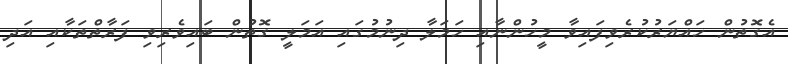
އެގޮތުން ހައްޔަރުކުރެވިފައިވާ މީހުންނާއި ހަމަލާ ދިނުމުގައި އަމަލީ ގޮތުން ބައިވެރިވި ފަރާތްތަކާއި އަދި